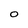
Character: O